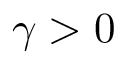
\gamma > 0